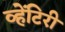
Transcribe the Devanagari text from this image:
व्हेंटिरी